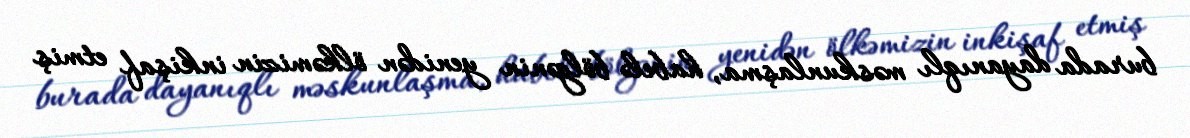
burada dayanıqlı məskunlaşma, habelə bölgənin yenidən ölkəmizin inkişaf etmiş